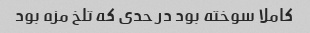
کاملا سوخته بود در حدی که تلخ مزه بود